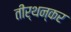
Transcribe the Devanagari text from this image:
तीर्थन्कर